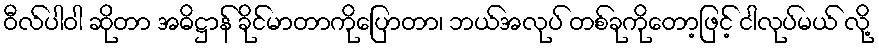
ဝီလ်ပါဝါ ဆိုတာ အဓိဋ္ဌာန် ခိုင်မာတာကိုပြောတာ၊ ဘယ်အလုပ် တစ်ခုကိုတော့ဖြင့် ငါလုပ်မယ် လို့